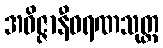
အဝိဇ္ဇာနီဝရဏသုတ္တ